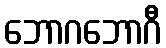
ဘောဂဘောဂီ